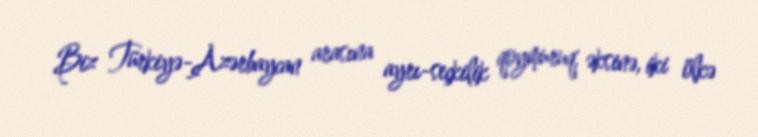
Biz Türkiyə-Azərbaycan arasına ayrı-seçkilik qoymuruq, əksinə, iki ölkə